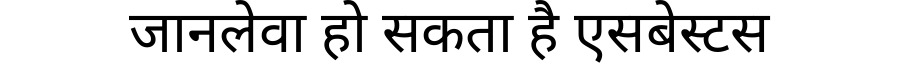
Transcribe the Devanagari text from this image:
जानलेवा हो सकता है एसबेस्टस